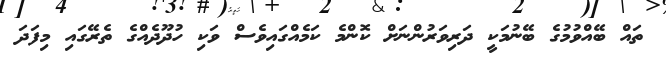
ތައް ބޭއްވުމުގެ ބޭނުމަކީ ދަރިވަރުންނަށް ކޮންމެ ކަމެއްގައިވެސް ވަކި ހުދޫދެއްގެ ތެރޭގައި މިފަދަ